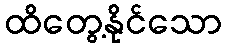
ထိတွေ့နိုင်သော